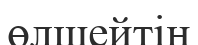
өлшейтін